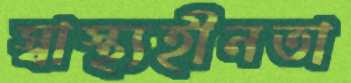
স্বাস্থ্যহীনতা